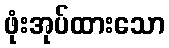
ဖုံးအုပ်ထားသော